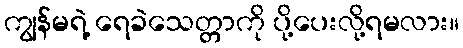
ကျွန်မရဲ့ ရေခဲသေတ္တာကို ပို့ပေးလို့ရမလား။